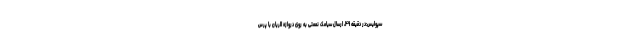
سپولیس:در دقیقه ۴۹، ارسال سیامک نعمتی به روی دروازه الریان با پرس